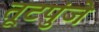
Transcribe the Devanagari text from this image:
तूटपुंजे